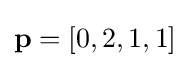
\mathbf {p} =[0,2,1,1]